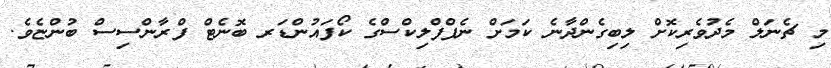
މި ޗެނަލް މެދުވެރިކޮށް ލިބިގެންދާނެ ކަމަށް ނެޕްފްލިކްސްގެ ކޯފައުންޑަރ ބޮނެޓް ފްރާންސިސް ބުންޏެވެ.